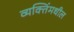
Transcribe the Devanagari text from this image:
व्यक्तिंमधील